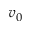
v _ { 0 }